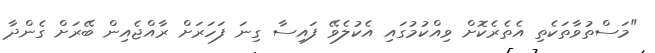
"މަސްތުވާތަކެތި އެތެރެކޮށް ވިއްކުމުގައި އެކުލެވޭ ފައިސާ ގިނަ ފަހަރަށް ރާއްޖެއިން ބޭރަށް ގެންދާ